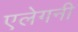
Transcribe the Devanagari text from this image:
एलेगनी